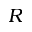
R